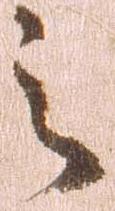
之